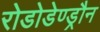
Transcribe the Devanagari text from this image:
रोडोडेण्ड्रौन